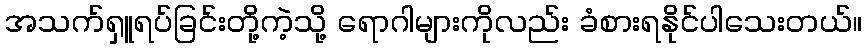
အသက်ရှူရပ်ခြင်းတို့ကဲ့သို့ ရောဂါများကိုလည်း ခံစားရနိုင်ပါသေးတယ်။